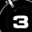
Digit: 3